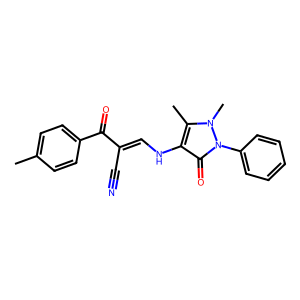
SMILES: Cc1ccc(C(=O)C(C#N)=CNc2c(C)n(C)n(-c3ccccc3)c2=O)cc1
Inhibits HIV replication: No